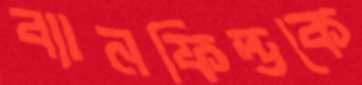
ব্যানফিল্ডকে